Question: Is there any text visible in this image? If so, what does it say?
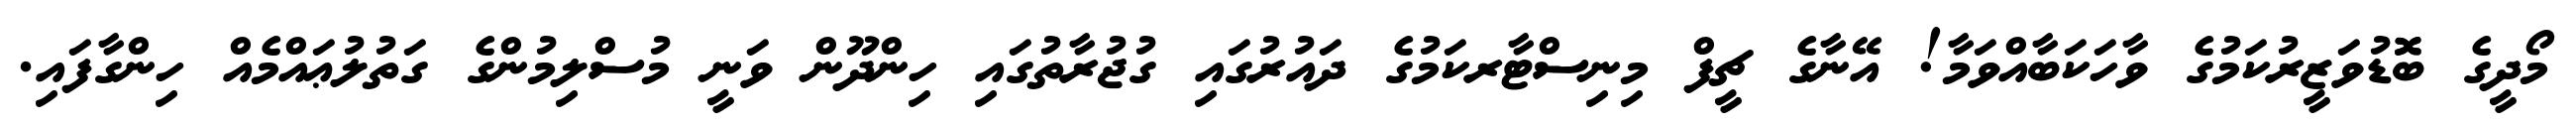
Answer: މޯދީގެ ބޮޮޑުވަޒީރުކަމުގެ ވާހަކަބާއްވަމާ! އޭނާގެ ޗީފް މިނިސްޓާރކަމުގެ ދައުރުގައި ގުޖުރާތުގައި ހިންދޫން ވަނީ މުސްލިމުންގެ ގަތުލުޢައްމެއް ހިންގާފައި.